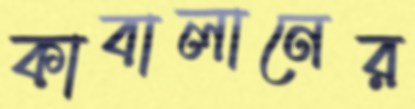
কাবালানের